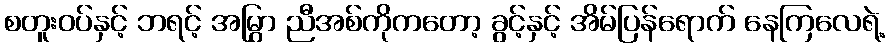
စတူးဝပ်နှင့် ဘရင့် အမြွှာ ညီအစ်ကိုကတော့ ခွင့်နှင့် အိမ်ပြန်ရောက် နေကြလေရဲ့